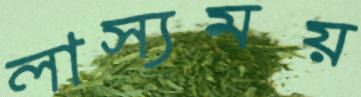
লাস্যময়